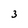
Character: 3